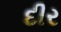
દીર